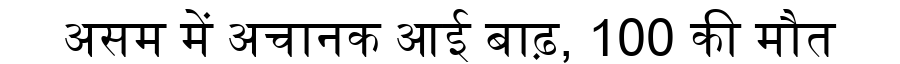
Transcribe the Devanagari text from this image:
असम में अचानक आई बाढ़, 100 की मौत